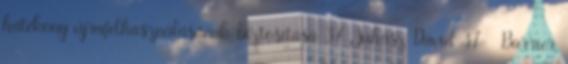
hatékony újrafelhasználásának biztosítása 37 Juhász Dávid 37 Barrier